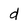
Character: d